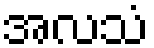
အလသံ